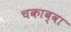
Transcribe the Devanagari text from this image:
चकाब्वा